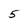
Character: 5